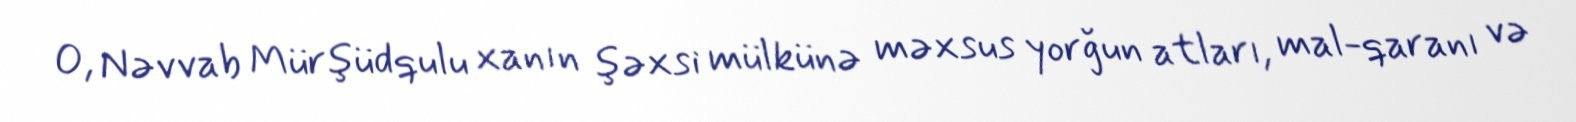
O, Nəvvab Mürşüdqulu xanın şəxsi mülkünə məxsus yorğun atları, mal-qaranı və